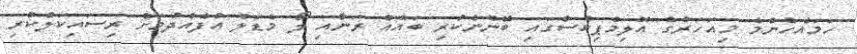
ހަމައެހެންމެ މިއަހަރުގެ އޮލިމްޕިކްސްގައި ބޭނުންކުރި ބައެއް ރަނާއި ލޯ މެޑަލް އުފެއްދުމަށް ރިސައިކަލްކުރި